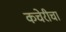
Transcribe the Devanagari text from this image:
कचेरीचा